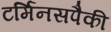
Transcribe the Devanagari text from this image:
टर्मिनसपैकी